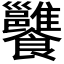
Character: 𩟷